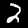
Label: 2